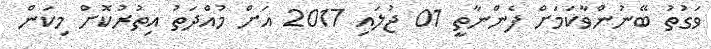
ވަގުތު ބޭނުންވާކަމަށް ފެންނާތީ 01 ޖުލައި 2017 އަށް މުއްދަތު އިތުރުކޮށް މިކަން